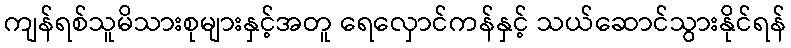
ကျန်ရစ်သူမိသားစုများနှင့်အတူ ရေလှောင်ကန်နှင့် သယ်ဆောင်သွားနိုင်ရန်